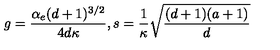
g = { \frac { \alpha _ { e } ( d + 1 ) ^ { 3 / 2 } } { 4 d \kappa } } , s = { \frac { 1 } { \kappa } } { \sqrt { \frac { ( d + 1 ) ( a + 1 ) } { d } } }